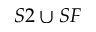
S 2 \cup S F